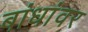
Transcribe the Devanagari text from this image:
बांधांवर